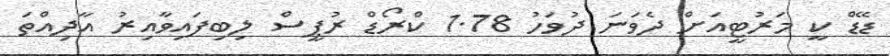
ޑޭޑް ކީ މަރުޓީއަށް ދެވަނަ ދުވަހު 1.78 ކްރޯޑް ރުޕީސް ލިބިފައިވާއިރު އާދިއްތަ